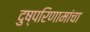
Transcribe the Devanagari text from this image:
दुष्परिणामांचा